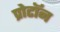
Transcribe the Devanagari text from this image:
प्रोटाॅन